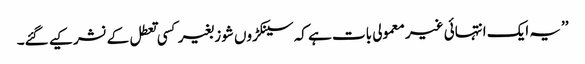
’’یہ ایک انتہائی غیر معمولی بات ہے کہ سینکڑوں شوز بغیر کسی تعطل کے نشر کیے گئے۔